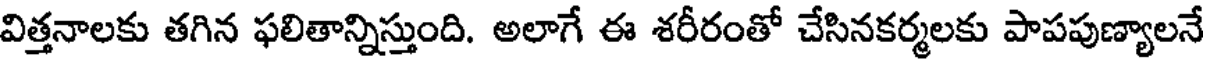
విత్తనాలకు తగిన ఫలితాన్నిస్తుంది. అలాగే ఈ శరీరంతో చేసినకర్మలకు పాపపుణ్యాలనే